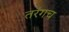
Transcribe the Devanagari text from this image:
तरंगच